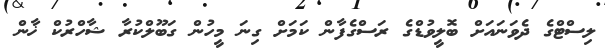
ލިސްޓްގެ ދެވަނައަށް ބޮލީވުޑްގެ ރަސްގެފާން ކަމަށް ގިނަ މީހުން ގަބޫލްކުރާ ޝާހްރުކް ޚާން